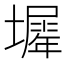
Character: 𡒛